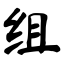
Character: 组